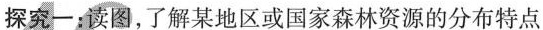
探究一：读图，了解某地区或国家森林资源的分布特点